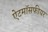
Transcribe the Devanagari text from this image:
ऐटमॉसफीयर